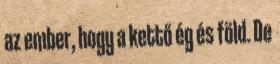
az ember, hogy a kettő ég és föld. De